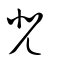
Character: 兕